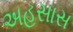
અહસાસ